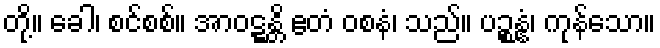
တို့။ ခေါ၊ စင်စစ်။ အာဝဋ္ဋန္တိ ဧတံ ဝစနံ၊ သည်။ ပဉ္စန္နံ၊ ကုန်သော။